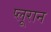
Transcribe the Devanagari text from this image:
प्लूरान